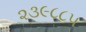
૨૩૯૮૮૫